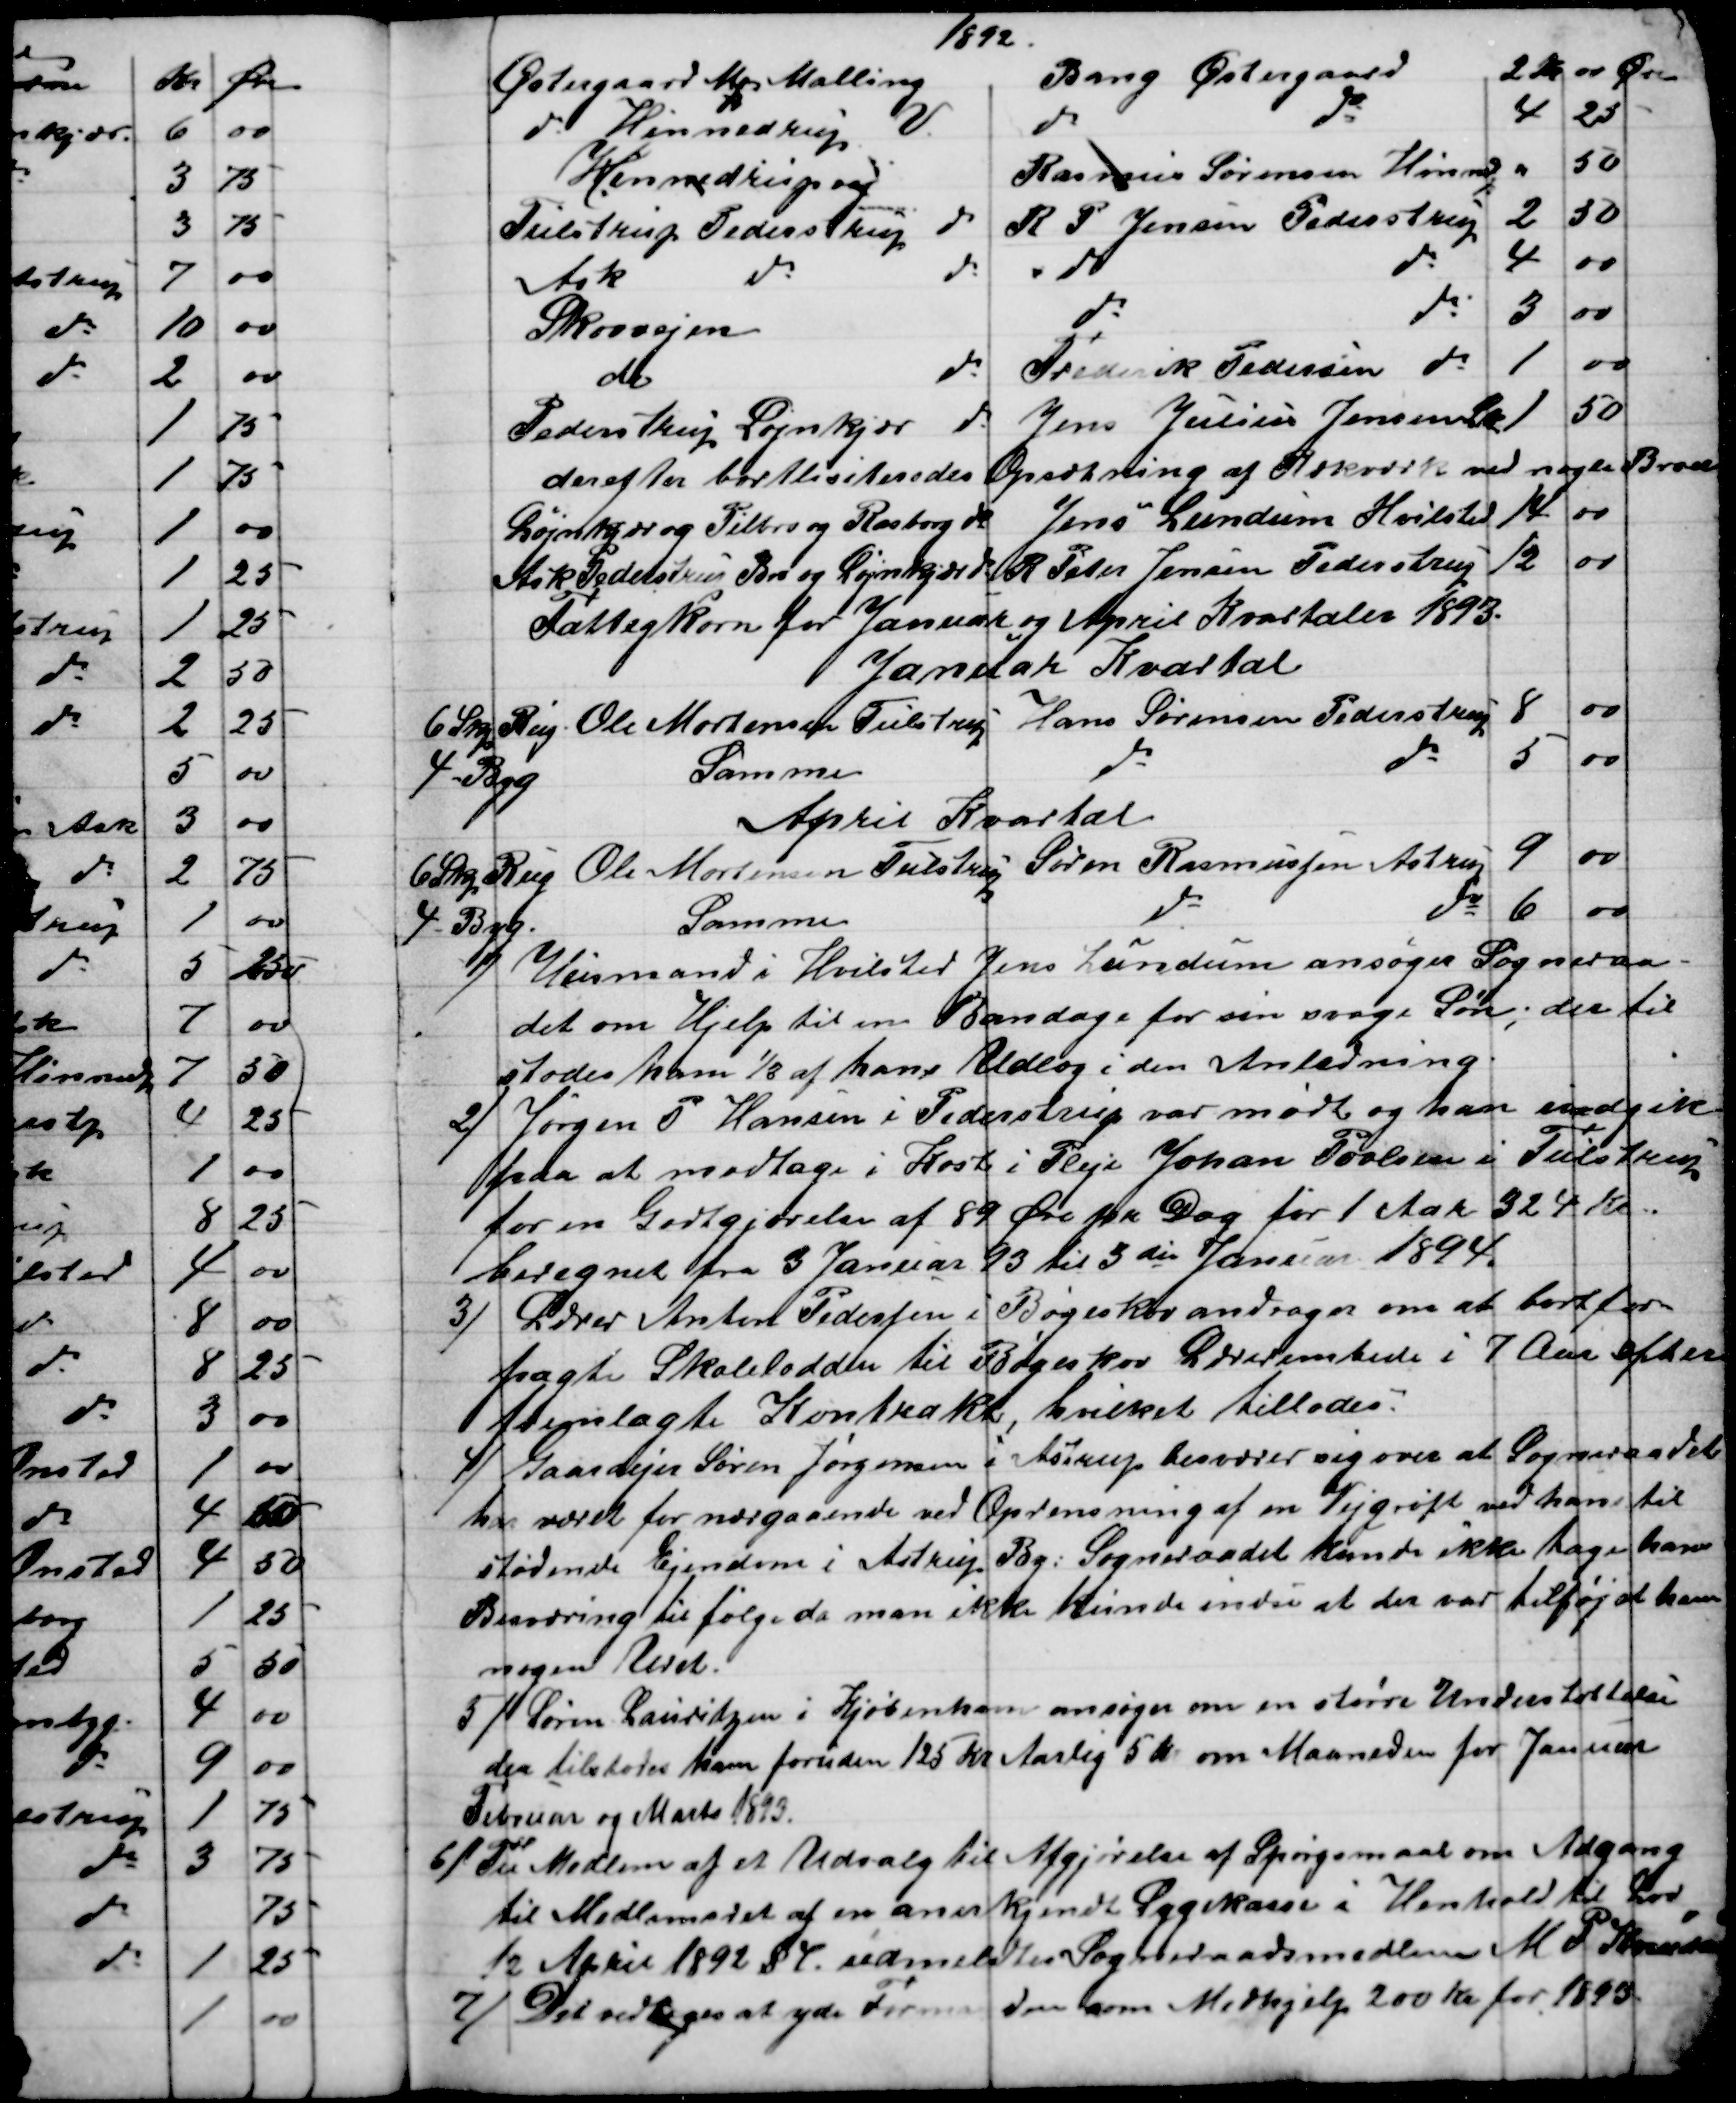
Transskription:
1892.
Østergaard Mq Malling
Bang Østergaard
2 Kr. 00 Øre.
do Hinnedrup V
do
do
4
25
Hinnedrupvej
Rasmus Sørensen Hinnerup
"
50
Tulstrup Pederstrup do
R P Jensen Pederstrup
2
50
Ask
do
do
do
do
4
00
Skovvejen
do
do
3
00
do
do
Frederik Pedersen do
1
00
Pederstrup Løjnkjær do
Jens Julius Jensen Lø
1
50
derefter bortlisiteredes Opsætning af Rækværk ved nogle Broer
Løjnkjær og Pilbro og Rasborg do 
Jens Lundum Hvilsted 
14
00
Ask Pederstrup Bro og Løjnkjær do 
R Peter Jensen Pederstrup
12
00
Fattigkorn for Januar og April Kvartaler 1893.
Januar Kvartal
6 Skp Rug.
Ole Mortensen Tulstrup
Hans Sørensen Pederstrup
8
00
4 - Byg
Samme
do
do
5
00
April Kvartal
6 Skp Rug 
Ole Mortensen Tulstrup 
Søren Rasmussen Astrup
9
00
4 - Byg.
Samme
do
do
6
00
1)
Husmand i Hvilsted Jens Lundum ansøger Sogneraa-
det om Hjelp til en Bandage for sin svage Søn; der til
stodes ham 1/3 af hans Udlæg i den Anledning.
Jørgen P Hansen i Pederstrup var mødt og han indgik
2)
paa at modtage i Kost i Pleje Johan Povlsen i Tulstrup
for en Godtgjørelse af 89 Øre pr. Dag for 1 Aar 324 Kr.
beregnet fra 3 Januar 93 til 3die Januar 1894.
3)
Lærer Anton Pedersen i Bøgeskov andrager om at bortfor-
pagte Skolelodden til Bøgeskov Lærerembede i 7 Aar efter
fremlagte Kontrakt, hvilket tillodes.
4) 
Gaardejer Søren Jørgensen i Astrup besværer sig over at Sogneraadet
har været for nærgaaende ved Oprensning af en Vejgrøft ved hans til
stødende Ejendom i Astrup By. Sogneraadet kunde ikke tage hans
Besværing til følge da man ikke kunde indse at der var tilføjet ham
nogen Uret.
5) 
Søren Lauritzen i Kjøbenhavn ansøger om en større Understøttelse
der tilstodes ham foruden 125 Kr Aarlig 5 Kr om Maaneden for Januar
Februar og Marts 1893.
6) 
Til Medlem af et Udvalg til Afgjørelse af Spørgsmaal om Adgang
til Medlemsret af en anerkjendt Sygekasse i Henhold til Lov
12 April 1892 §4 udmeldtes Sogneraadsmedlem M. P. Knudsen
7)
Det vedtoges at yde Formanden som Medhjelp 200 Kr for 1893.